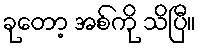
ခုတော့ အစ်ကို သိပြီ။